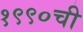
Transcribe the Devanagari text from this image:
१९९०ची